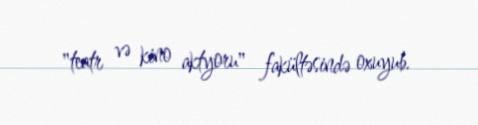
"teatr və kino aktyoru" fakültəsində oxuyub.